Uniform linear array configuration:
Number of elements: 4
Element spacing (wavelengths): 0.5
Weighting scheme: hamming
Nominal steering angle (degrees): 30
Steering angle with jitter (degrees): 29.312
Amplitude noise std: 0.05
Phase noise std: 0.05

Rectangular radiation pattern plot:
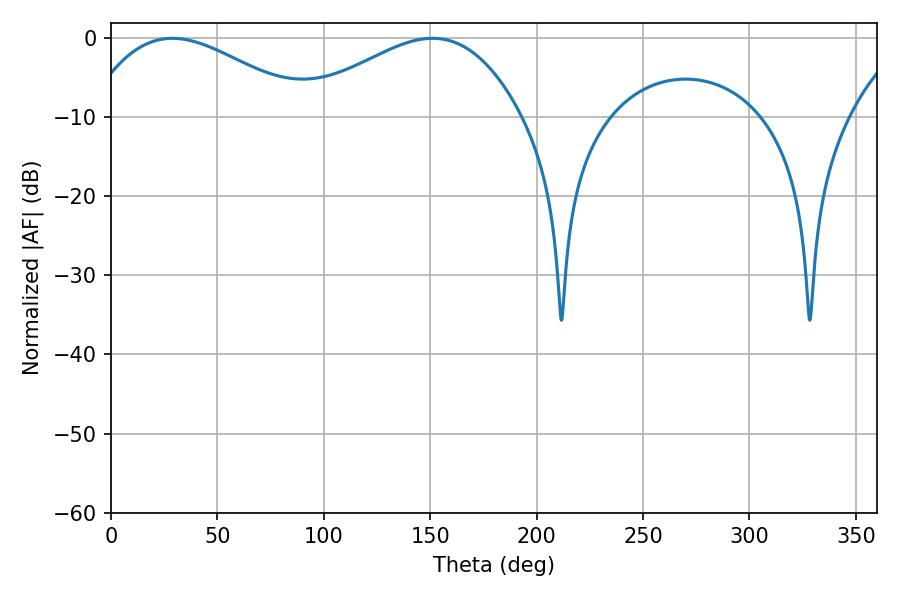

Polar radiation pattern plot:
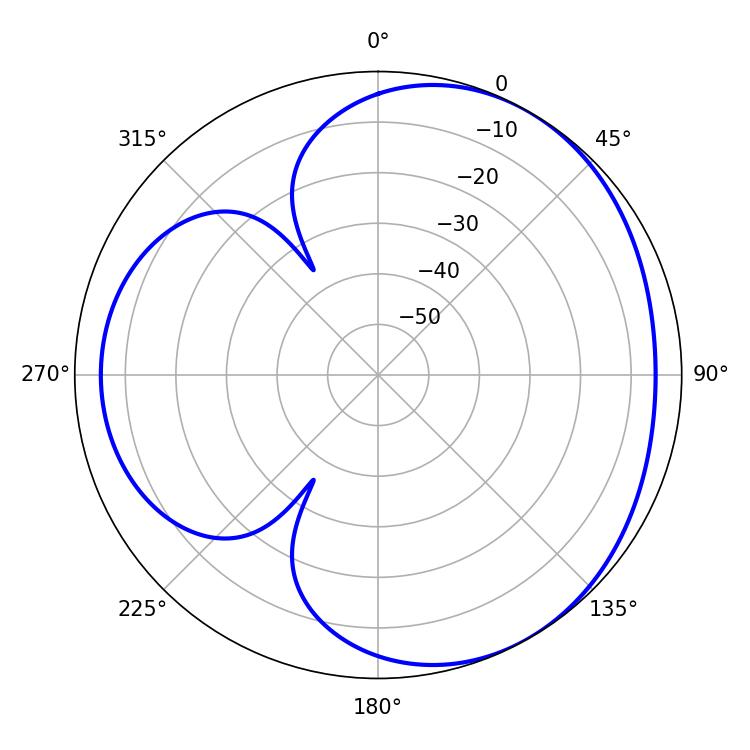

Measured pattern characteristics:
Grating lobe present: FALSE
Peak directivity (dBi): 3.616
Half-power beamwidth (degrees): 56.88
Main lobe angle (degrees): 28.8